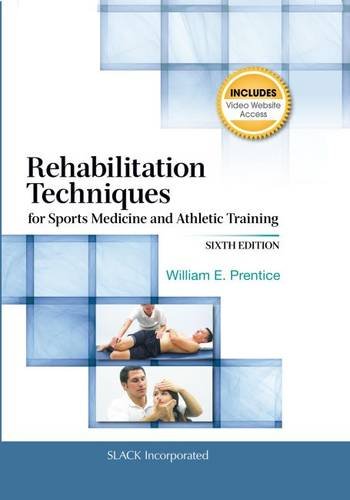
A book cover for Rehabilitation Techniques for Sports Medicine and Athletic Training (Rehabilitation Techniques in Sports Medicine (Prentice Hall)); William E Prentice PhD  ATC  PT  FNATA; Medical Books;